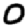
Digit: 0